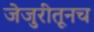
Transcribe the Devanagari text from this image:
जेजुरीतूनच